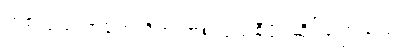
တစ်လှည့် တရုတ်တို့က တစ်လှည့်စီပိုင်ဆိုင်ခဲ့ကြသည်။